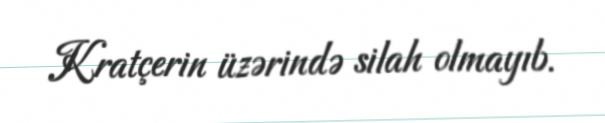
Kratçerin üzərində silah olmayıb.